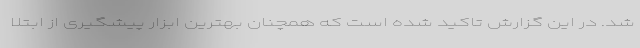
شد. در این گزارش تاکید شده است که همچنان بهترین ابزار پیشگیری از ابتلا